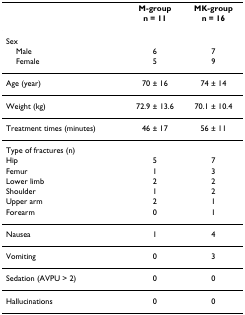
<table><thead><tr><td></td><td><b>M-group</b></td><td><b>MK-group</b></td></tr><tr><td></td><td><b>n = 11</b></td><td><b>n = 16</b></td></tr></thead><tbody><tr><td>Sex</td><td></td><td></td></tr><tr><td> Male</td><td>6</td><td>7</td></tr><tr><td> Female</td><td>5</td><td>9</td></tr><tr><td>Age (year)</td><td>70 ± 16</td><td>74 ± 14</td></tr><tr><td>Weight (kg)</td><td>72.9 ± 13.6</td><td>70.1 ± 10.4</td></tr><tr><td>Treatment times (minutes)</td><td>46 ± 17</td><td>56 ± 11</td></tr><tr><td>Type of fractures (n)</td><td></td><td></td></tr><tr><td>Hip</td><td>5</td><td>7</td></tr><tr><td>Femur</td><td>1</td><td>3</td></tr><tr><td>Lower limb</td><td>2</td><td>2</td></tr><tr><td>Shoulder</td><td>1</td><td>2</td></tr><tr><td>Upper arm</td><td>2</td><td>1</td></tr><tr><td>Forearm</td><td>0</td><td>1</td></tr><tr><td>Nausea</td><td>1</td><td>4</td></tr><tr><td>Vomiting</td><td>0</td><td>3</td></tr><tr><td>Sedation (AVPU &gt; 2)</td><td>0</td><td>0</td></tr><tr><td>Hallucinations</td><td>0</td><td>0</td></tr></tbody></table>